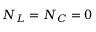
N _ { L } = N _ { C } = 0